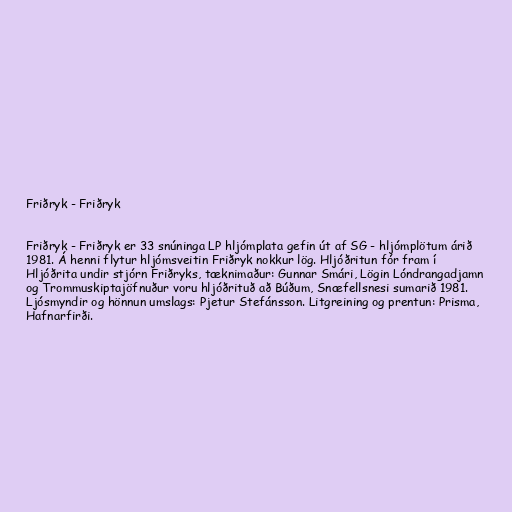
Friðryk - Friðryk

Friðryk - Friðryk er 33 snúninga LP hljómplata gefin út af SG - hljómplötum árið
1981. Á henni flytur hljómsveitin Friðryk nokkur lög. Hljóðritun fór fram í
Hljóðrita undir stjórn Friðryks, tæknimaður: Gunnar Smári, Lögin Lóndrangadjamn
og Trommuskiptajöfnuður voru hljóðrituð að Búðum, Snæfellsnesi sumarið 1981.
Ljósmyndir og hönnun umslags: Pjetur Stefánsson. Litgreining og prentun: Prisma,
Hafnarfirði.